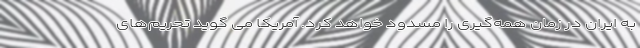
به ایران در زمان همه‌گیری را مسدود خواهد کرد. آمریکا می گوید تحریم‌های